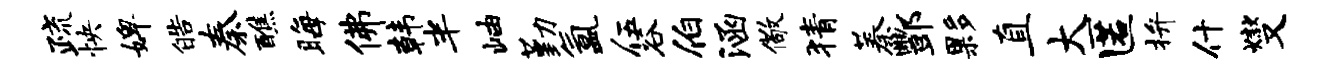
疏怏婢皓秦醮晦佛韩半岫勤氲伍谷伯涵儆猜蓁酆夥直大匿拚什燮